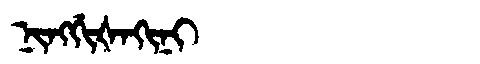
Manchu: ᠨᡳᠩᡤᡳᡧᠠᡴᡳᠨᡳ
Romanization: NINGGIŠAKINI